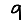
Digit: 9